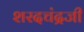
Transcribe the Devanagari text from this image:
शरदचंद्रजी